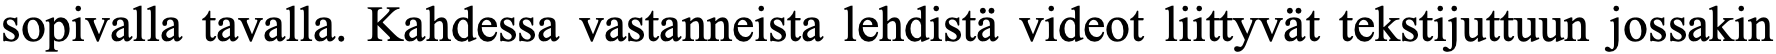
sopivalla tavalla. Kahdessa vastanneista lehdistä videot liittyvät tekstijuttuun jossakin